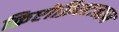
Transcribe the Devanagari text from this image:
क्रिप्टोक्रिस्टलाइन